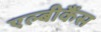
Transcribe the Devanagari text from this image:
एल्बीकैंस